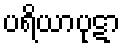
ပရိယာပုဋာ